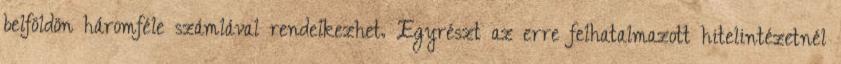
belföldön háromféle számlával rendelkezhet. Egyrészt az erre felhatalmazott hitelintézetnél